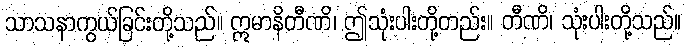
သာသနာကွယ်ခြင်းတို့သည်။ ဣမာနိတီဏိ၊ ဤသုံးပါးတို့တည်း။ တီဏိ၊ သုံးပါးတို့သည်။